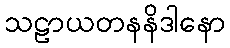
သဠာယတနနိဒါနော